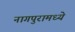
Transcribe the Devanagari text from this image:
नागपुरामध्ये